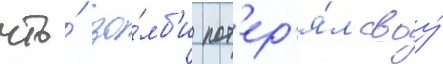
что́ зо́мб'и пот'ер'я́л своу́